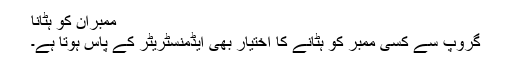
ممبران کو ہٹانا
گروپ سے کسی ممبر کو ہٹانے کا اختیار بھی ایڈمنسٹریٹر کے پاس ہوتا ہے۔